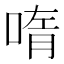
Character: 𫪳